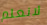
لانعلم